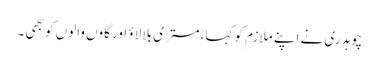
چوہدری نے اپنے ملازم کو کہا، مستری بلا لاؤ اور گاوں والوں کو بھی ۔